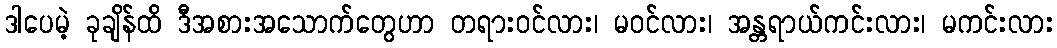
ဒါပေမဲ့ ခုချိန်ထိ ဒီအစားအသောက်တွေဟာ တရားဝင်လား၊ မဝင်လား၊ အန္တရာယ်ကင်းလား၊ မကင်းလား